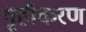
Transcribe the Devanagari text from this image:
गृहीकरण